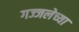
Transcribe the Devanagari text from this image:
गज्जलेच्या